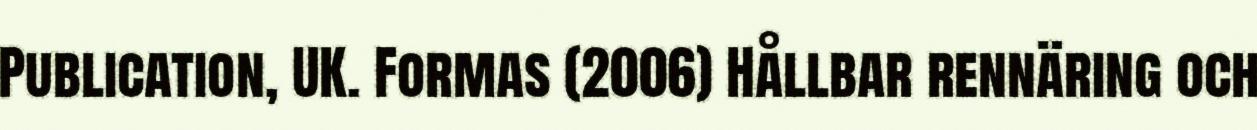
Publication, UK. Formas (2006) Hållbar rennäring och